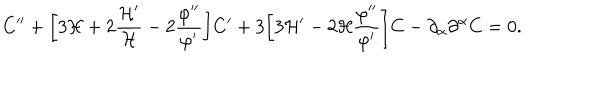
C ^ { \prime \prime } + \biggl [ 3 { \cal H } + 2 \frac { { \cal H } ^ { \prime } } { \cal H } - 2 \frac { \varphi ^ { \prime \prime } } { \varphi ^ { \prime } } \biggr ] C ^ { \prime } + 3 \biggl [ 3 { \cal H } ^ { \prime } - 2 { \cal H } \frac { \varphi ^ { \prime \prime } } { \varphi ^ { \prime } } \biggr ] C - \partial _ { \alpha } \partial ^ { \alpha } C = 0 .